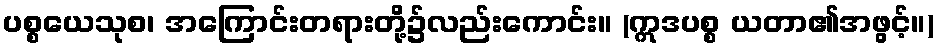
ပစ္စယေသုစ၊ အကြောင်းတရားတို့၌လည်းကောင်း။ (ဣဒပစ္စ ယတာ၏အဖွင့်။)